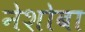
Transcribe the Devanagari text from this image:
नेशोबा